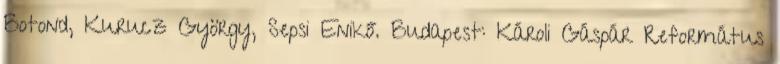
Botond, Kurucz György, Sepsi Enikő. Budapest: Károli Gáspár Református